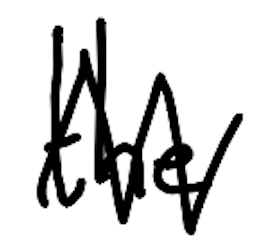
Text: the
Cross-out: zig-zag
Writing tool: digital_black